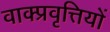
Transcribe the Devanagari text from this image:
वाक्प्रवृत्तियों